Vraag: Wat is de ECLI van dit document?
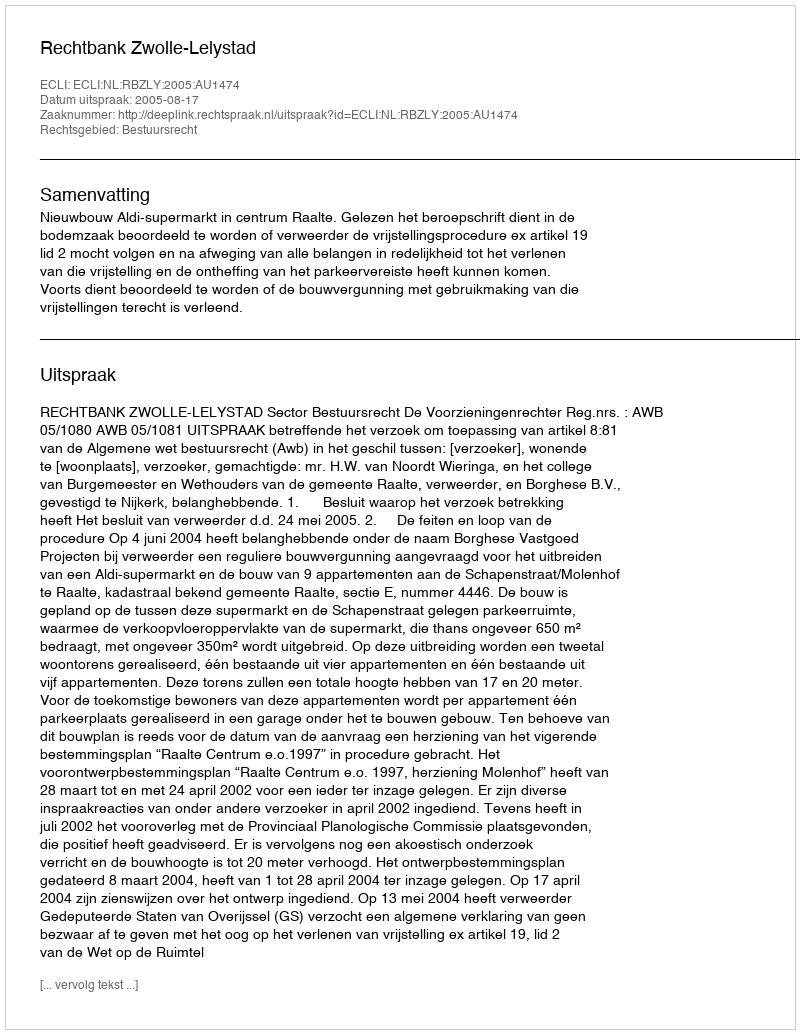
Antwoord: ECLI:NL:RBZLY:2005:AU1474